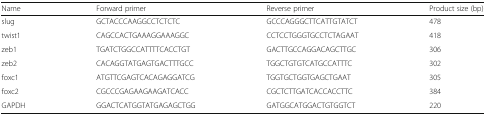
| Name | Forward primer | Reverse primer | Product size (bp) |
 | --- | --- | --- | --- |
 | slug | GCTACCCAAGGCCTCTCTC | GCCCAGGGCTTCATTGTATCT | 478 |
 | twist1 | CAGCCACTGAAAGGAAAGGC | CCTCCTGGGTGCCTCTAGAAT | 418 |
 | zeb1 | TGATCTGGCCATTTTCACCTGT | GACTTGCCAGGACAGCTTGC | 306 |
 | zeb2 | CACAGGTATGAGTGACTTTGCC | TGGCTGTGTCATGCCATTTC | 302 |
 | foxc1 | ATGTTCGAGTCACAGAGGATCG | TGGTGCTGGTGAGCTGAAT | 305 |
 | foxc2 | CGCCCGAGAAGAAGATCACC | CGCTCTTGATCACCACCTTC | 384 |
 | GAPDH | GGACTCATGGTATGAGAGCTGG | GATGGCATGGACTGTGGTCT | 220 |